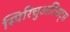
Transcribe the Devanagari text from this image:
स्पिरिचुअलिस्ट्स